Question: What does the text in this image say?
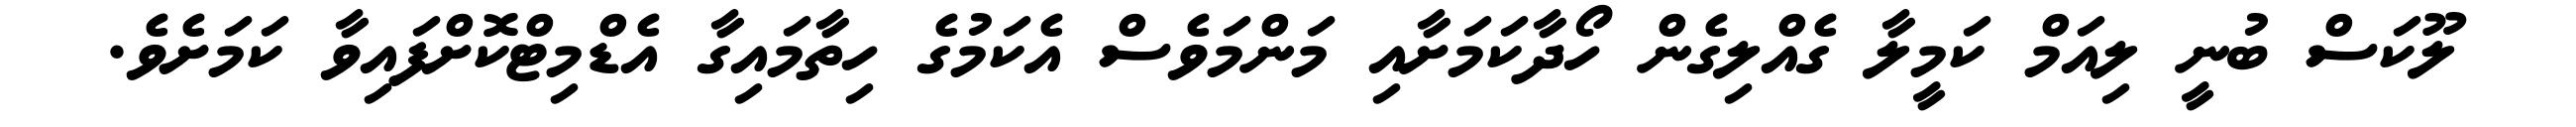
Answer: ލޫކަސް ބުނީ ލިއަމް ކަމީލާ ގެއްލިގެން ހޯދާކަމަށާއި މަންމަވެސް އެކަމުގެ ހިތާމައިގާ އެޑްމިޓްކޮށްފައިވާ ކަމަށެވެ.